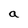
Character: a